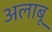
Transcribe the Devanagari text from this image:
अलाबू